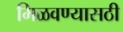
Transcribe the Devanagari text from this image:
मिळवण्यासठी